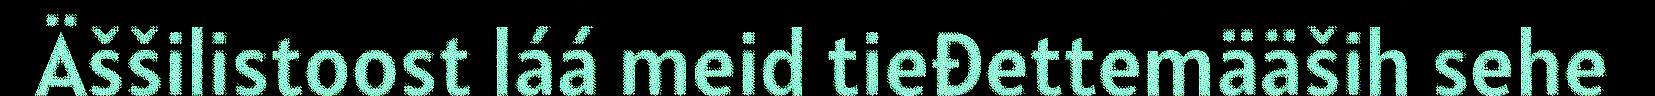
Äššilistoost láá meid tieđettemääših sehe